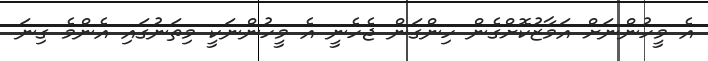
އެ މީހުންނަށް އަމާޒުކޮށްގެން ހިންގަން ޖެހެނީ އެ މީހުންނަކީ މިތަނުގައި އެންމެ ގިނަ